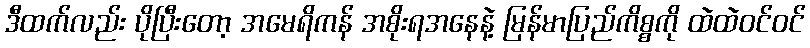
ဒီထက်လည်း ပိုပြီးတော့ အမေရိကန် အစိုးရအနေနဲ့ မြန်မာပြည်ကိစ္စကို ထဲထဲဝင်ဝင်